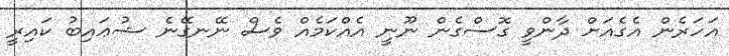
އަހަރެން އެގެއަށް ދާންވީ ގޮސްގެން ނޫނީ އެއްކަމެއް ވެސް ނޭނގޭނެ ޝުޢައިބު ކައިރީ